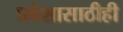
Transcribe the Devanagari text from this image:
प्रवेशासाठीही